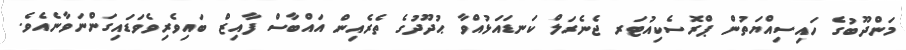
މަންދޫބުގެ ހައިސިއްޔަތުން ޕްރޮސެކިއުޓަރ ޖެނެރަލް ކަނޑައަޅުއްވާ ޙުދޫދުގެ ތެރެއިން އައްބާސް ފާއިޒް ބައިވެރިވެވަޑައިގަންނަވާނެއެވެ.